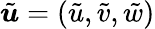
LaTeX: \tilde{\boldsymbol{u}}=(\tilde{u},\tilde{v},\tilde{w})